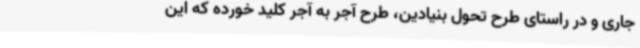
جاری و در راستای طرح تحول بنیادین، طرح آجر به آجر کلید خورده که این